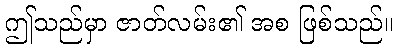
ဤသည်မှာ ဇာတ်လမ်း၏ အစ ဖြစ်သည်။